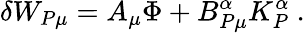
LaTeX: \delta W_{P\mu}=A_{\mu}\Phi+B_{P\mu}^{\alpha}K_{P}^{\alpha}\ .